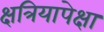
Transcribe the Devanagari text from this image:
क्षत्रियापेक्षा